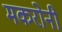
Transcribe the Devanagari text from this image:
मकरोनी